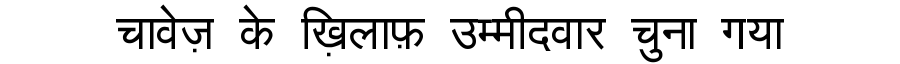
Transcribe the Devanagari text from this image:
चावेज़ के ख़िलाफ़ उम्मीदवार चुना गया